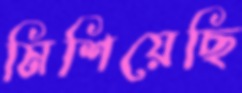
মিশিয়েছি